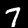
Label: 7